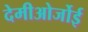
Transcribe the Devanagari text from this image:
देमीओर्जोई